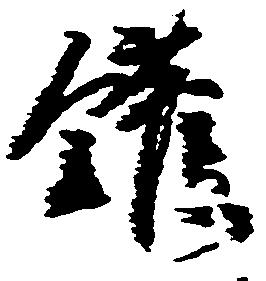
鑵